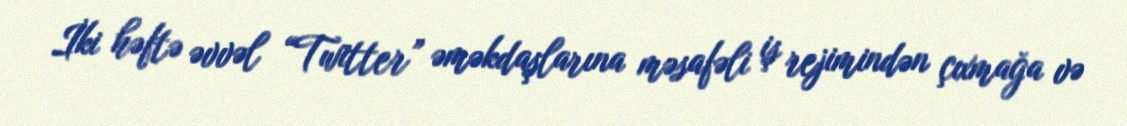
İki həftə əvvəl “Twitter” əməkdaşlarına məsafəli iş rejimindən çıxmağa və